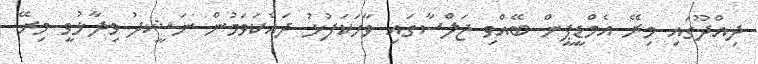
ދިއްދޫގައި މިރޭ އެމްޑީޕީން ބޭއްވި ޖަލްސާގައި ވާހަކަފުޅު ދައްކަވަމުން ނަޝީދު ވިދާޅުވީ މިރޭ